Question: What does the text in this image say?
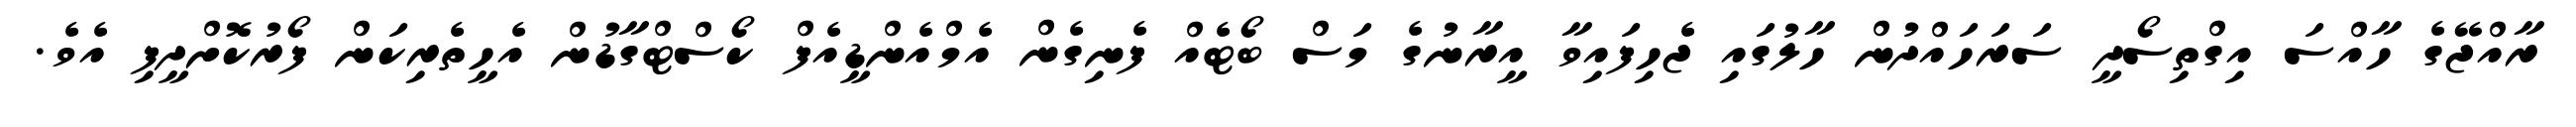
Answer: ރާއްޖޭގެ ހާއްސަ އިގްތިސޯދީ ސަރަހައްދުން ހާލުގައި ޖެހިފައިވާ އީރާނުގެ މަސް ބޯޓެއް ފެނިގެން އެމްއެންޑީއެފް ކޯސްޓްގާޑުން އެހީތެރިކަން ފޯރުކޮށްދީފި އެވެ.